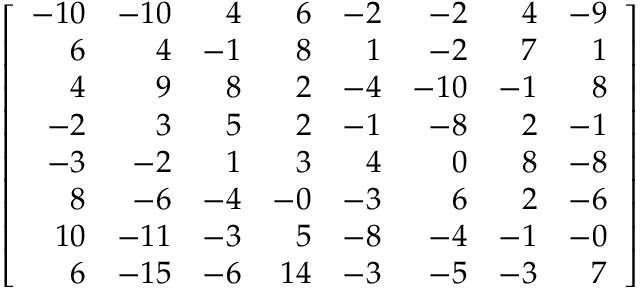
\left[ { \begin{array} { r r r r r r r r } { - 1 0 } & { - 1 0 } & { 4 } & { 6 } & { - 2 } & { - 2 } & { 4 } & { - 9 } \\ { 6 } & { 4 } & { - 1 } & { 8 } & { 1 } & { - 2 } & { 7 } & { 1 } \\ { 4 } & { 9 } & { 8 } & { 2 } & { - 4 } & { - 1 0 } & { - 1 } & { 8 } \\ { - 2 } & { 3 } & { 5 } & { 2 } & { - 1 } & { - 8 } & { 2 } & { - 1 } \\ { - 3 } & { - 2 } & { 1 } & { 3 } & { 4 } & { 0 } & { 8 } & { - 8 } \\ { 8 } & { - 6 } & { - 4 } & { - 0 } & { - 3 } & { 6 } & { 2 } & { - 6 } \\ { 1 0 } & { - 1 1 } & { - 3 } & { 5 } & { - 8 } & { - 4 } & { - 1 } & { - 0 } \\ { 6 } & { - 1 5 } & { - 6 } & { 1 4 } & { - 3 } & { - 5 } & { - 3 } & { 7 } \end{array} } \right]